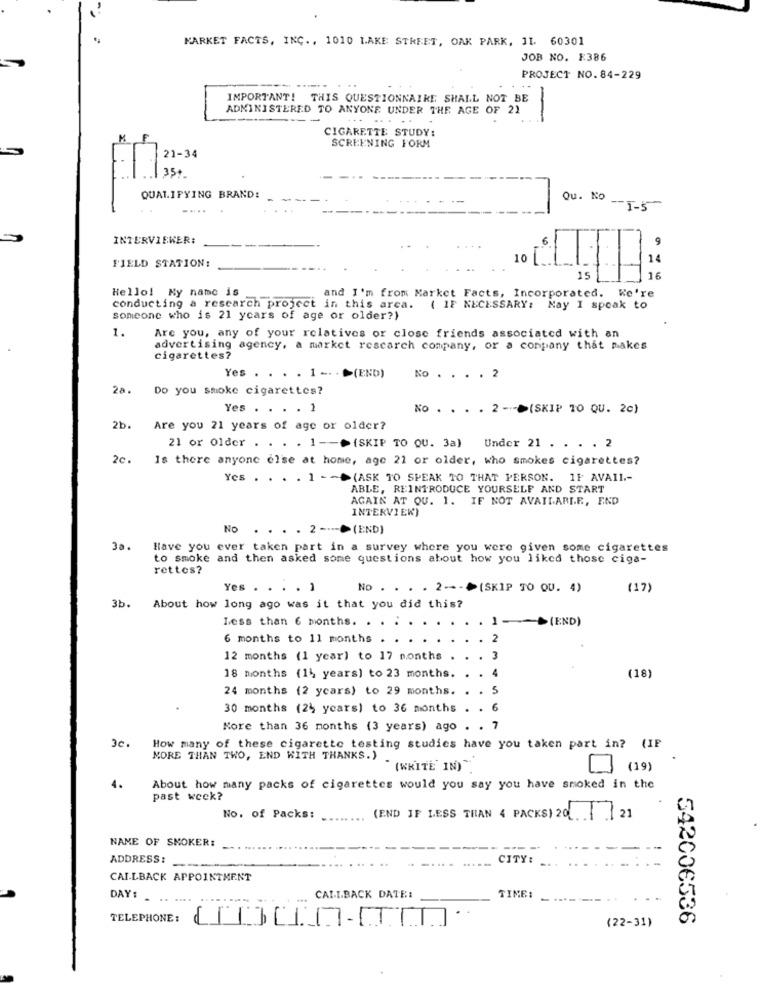
MARKET FACTS, INC ., 1010 LAKE STREET, OAK PARK, 11. 60301
JOB NO. E386
PROJECT NO. 84-229
---.. . ..
IMPORTANT! THIS QUESTIONNAIRE SHALL NOT BE
ADMINISTERED TO ANYONE UNDER THE AGE OF 21
-
CIGARETTE STUDY:
SCREENING FORM
21-34
35+
QUALIFYING BRAND:
Qu. No
.....
-1-5
INTERVIEWER:
6
9
10
14
FIELD STATION:
15
16
Hello! My name is
and I'm from Market Facts, Incorporated. We're
conducting a research project in this area.
{ IF NECESSARY: May I speak to
someone who is 21 years of age or older?)
1.
Are you, any of your relatives or close friends associated with an
advertising agency, a market research company, or a company that makes
cigarettes?
Yes . . . . 1 -. . . (END)
No . . . . 2
2a.
Do you smoke cigarettes?
Yes . .
1
No . . . . 2 - (SKIP 10 QU. 2c)
2b.
Are you 21 years of age or older?
21 or Older . . . . 1 -- >{SKIP TO QU. 3a) Under 21 . . . . 2
2c.
Is there anyone else at home, age 21 or older, who smokes cigarettes?
Yes . . . . 1 -- >(ASK TO SPEAK TO THAT PERSON.
11 AVA11 .-
ABLE, REINTRODUCE YOURSELF AND START
AGAIN AT QU. 1. IF NOT AVAILABLE, END
INTERVIEW)
No
2 ---
(END]
3a.
Have you ever taken part in a survey where you were given some cigarettes
to smoke and then asked some questions about how you liked those ciga-
rettes?
Yes . . .
No . .
. 2 --- > (SKIP TO QU. 4)
(17)
3b.
About how long ago was it that you did this?
Less than 6 months.
+(END)
6 months to 11 months
12 months (1 year) to 17 months
(18)
18 months (14 years) to 23 months.
24 months (2 years) to 29 months.
5
30 months (2) years) to 36 months
6
More than 36 months (3 years) ago
7
3c.
How many of these cigarette testing studies have you taken part in? (
MORE THAN TWO, END WITH THANKS.)
(WRITE IN)
(19)
4.
About how many packs of cigarettes would you say you have smoked in the
past week?
(END IF LESS THAN 4 PACKS) 20 21
No. of Packs:
NAME OF SMOKER:
ADDRESS :
CITY:
CALLBACK APPOINTMENT
DAY: . .. ....
......
CALLBACK DATE:
TIME:
TELEPHONE :
..
542006536
(22-31)